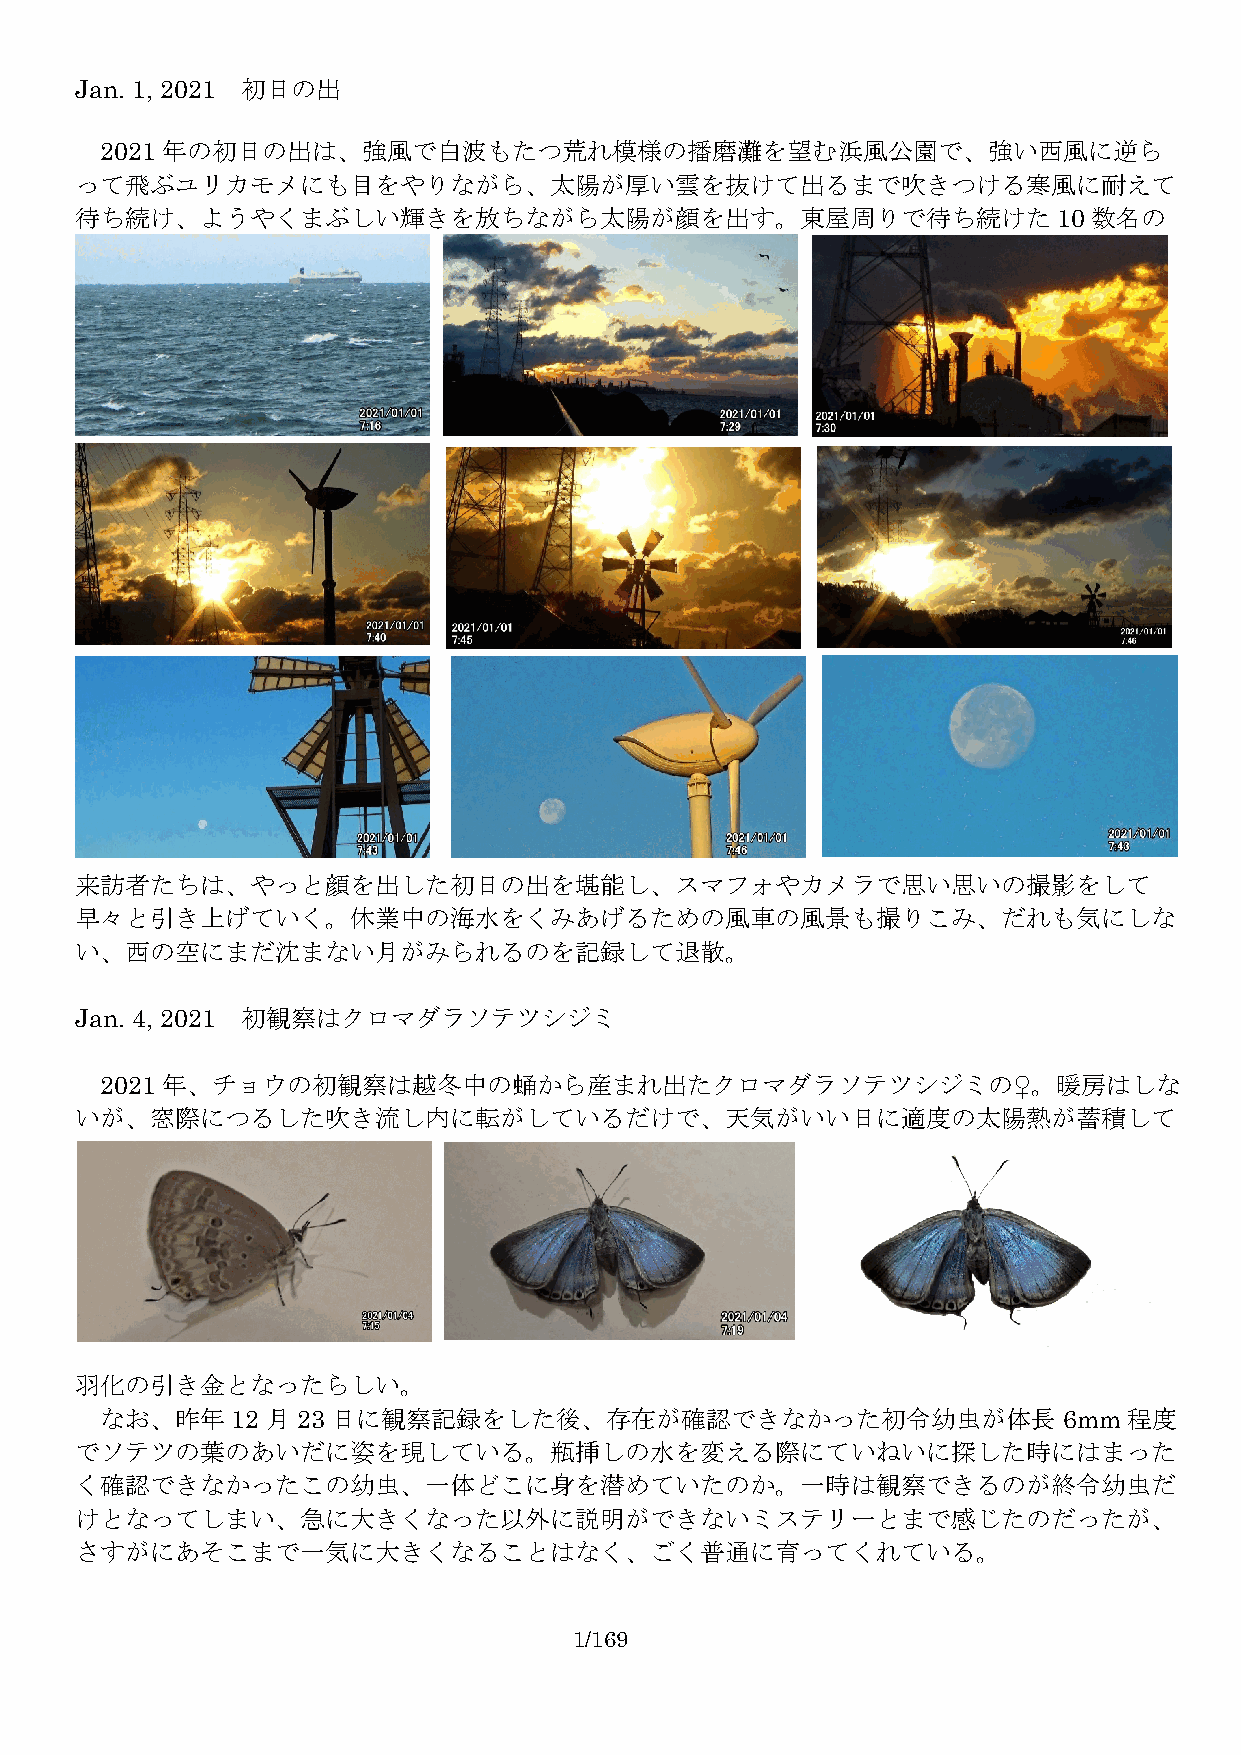
Jan. 1, 2021 初日の出
 2021 年の初日の出は、強風で白波もたつ荒れ模様の播磨灘を望む浜風公園で、強い西風に逆ら
 って飛ぶユリカモメにも目をやりながら、太陽が厚い雲を抜けて出るまで吹きつける寒風に耐えて
 待ち続け、ようやくまぶしい輝きを放ちながら太陽が顔を出す。東屋周りで待ち続けた10                          数名の
 来訪者たちは、やっと顔を出した初日の出を堪能し、スマフォやカメラで思い思いの撮影をして
 早々と引き上げていく。休業中の海水をくみあげるための風車の風景も撮りこみ、だれも気にしな
 い、西の空にまだ沈まない月がみられるのを記録して退散。
 Jan. 4, 2021 初観察はクロマダラソテツシジミ
 2021 年、チョウの初観察は越冬中の蛹から産まれ出たクロマダラソテツシジミの♀。暖房はしな
 いが、窓際につるした吹き流し内に転がしているだけで、天気がいい日に適度の太陽熱が蓄積して
 羽化の引き金となったらしい。
 なお、昨年12    月23日に観察記録をした後、存在が確認できなかった初令幼虫が体長6mm                      程度
 でソテツの葉のあいだに姿を現している。瓶挿しの水を変える際にていねいに探した時にはまった
 く確認できなかったこの幼虫、一体どこに身を潜めていたのか。一時は観察できるのが終令幼虫だ
 けとなってしまい、急に大きくなった以外に説明ができないミステリーとまで感じたのだったが、
 さすがにあそこまで一気に大きくなることはなく、ごく普通に育ってくれている。
 1/169